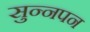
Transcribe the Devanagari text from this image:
सुन्नपन